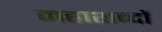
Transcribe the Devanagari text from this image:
महाशब्दों